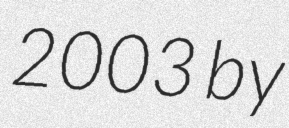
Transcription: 2003 by